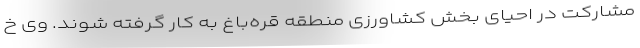
مشارکت در احیای بخش کشاورزی منطقه قره‌باغ به کار گرفته شوند. وی خ